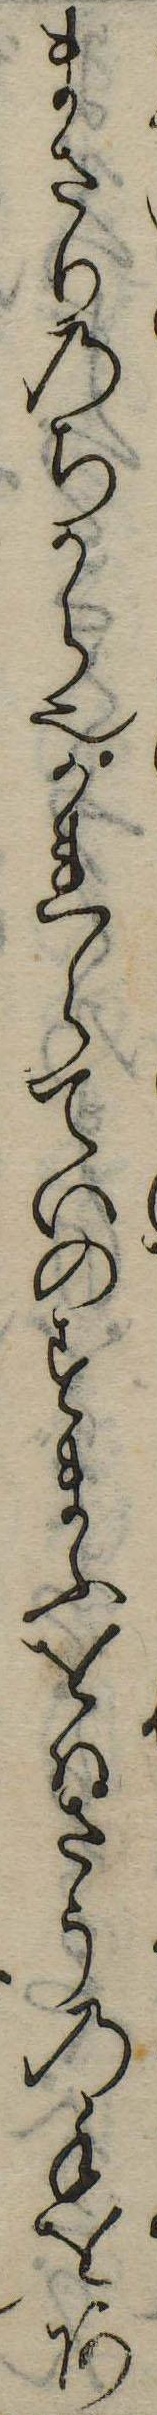
まさりのちから也かれらていのすまふをはさうの手をあ